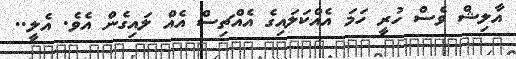
އާލިޝް ވެސް ހުރީ ހަމަ އެއްކަލައިގެ އެއްޗިސް އެއް ލައިގެން އެވެ. އެލީ..